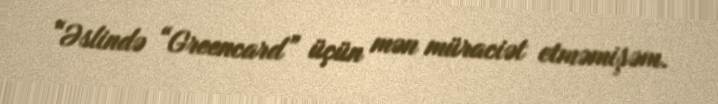
“Əslində “Greencard” üçün mən müraciət etməmişəm.